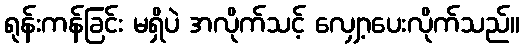
ရုန်းကန်ခြင်း မရှိပဲ အလိုက်သင့် လျှော့ပေးလိုက်သည်။